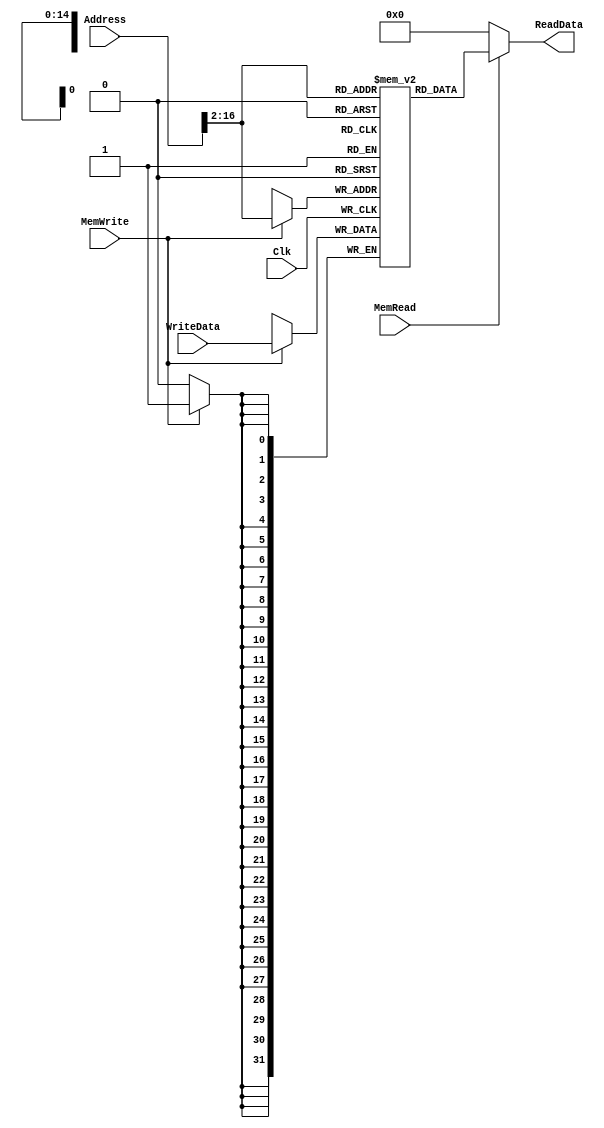
`timescale 1ns / 1ps

////////////////////////////////////////////////////////////////////////////////
// ECE369 - Computer Architecture
// 
// Module - data_memory.v
// Description - 32-Bit wide data memory.
//
// INPUTS:-
// Address: 32-Bit address input port.
// WriteData: 32-Bit input port.
// Clk: 1-Bit Input clock signal.
// MemWrite: 1-Bit control signal for memory write.
// MemRead: 1-Bit control signal for memory read.
//
// OUTPUTS:-
// ReadData: 32-Bit registered output port.
//
// FUNCTIONALITY:-
// Design the above memory similar to the 'RegisterFile' model in the previous 
// assignment.  Create a 1K memory, for which we need 10 bits.  In order to 
// implement byte addressing, we will use bits Address[11:2] to index the 
// memory location. The 'WriteData' value is written into the address 
// corresponding to Address[11:2] in the positive clock edge if 'MemWrite' 
// signal is 1. 'ReadData' is the value of memory location Address[11:2] if 
// 'MemRead' is 1, otherwise, it is 0x00000000. The reading of memory is not 
// clocked.
//
// you need to declare a 2d array. in this case we need an array of 1024 (1K)  
// 32-bit elements for the memory.   
// for example,  to declare an array of 256 32-bit elements, declaration is: reg[31:0] memory[0:255]
// if i continue with the same declaration, we need 8 bits to index to one of 256 elements. 
// however , address port for the data memory is 32 bits. from those 32 bits, least significant 2 
// bits help us index to one of the 4 bytes within a single word. therefore we only need bits [9-2] 
// of the "Address" input to index any of the 256 words. 
////////////////////////////////////////////////////////////////////////////////

module DataMemory(Address, WriteData, Clk, MemWrite, MemRead, ReadData); 

    input [31:0] Address; 	// Input Address 
    input [31:0] WriteData; // Data that needs to be written into the address 
    input Clk;
    input MemWrite; 		// Control signal for memory write 
    input MemRead; 			// Control signal for memory read 

    output reg[31:0] ReadData; // Contents of memory location at Address
    reg[31:0] memory[0:20479];  // bits [11:2] are "address" [1:0] are index to specific word

    initial begin
    // Labs 16-24 testcase
        memory[0] = 32'h4;
        memory[1] = 32'h4;
        memory[2] = 32'h2;
        memory[3] = 32'h2;
        memory[4] = 32'h0;
        memory[5] = 32'h0;
        memory[6] = 32'h1;
        memory[7] = 32'h2;
        memory[8] = 32'h0;
        memory[9] = 32'h0;
        memory[10] = 32'h3;
        memory[11] = 32'h4;
        memory[12] = 32'h0;
        memory[13] = 32'h0;
        memory[14] = 32'h0;
        memory[15] = 32'h0;
        memory[16] = 32'h0;
        memory[17] = 32'h0;
        memory[18] = 32'h0;
        memory[19] = 32'h0;
        memory[20] = 32'h1;
        memory[21] = 32'h2;
        memory[22] = 32'h3;
        memory[23] = 32'h4;
        memory[24] = 32'h0;
    end
    
    always@(posedge Clk) begin

        if(MemWrite == 1'b1)begin
           memory[Address[17:2]] <= WriteData;
        end
        
    end
    
    always @(*) begin
        //ReadData = 0;
        if(MemRead == 1'b1)begin
            ReadData = memory[Address[17:2]];
        end
        else begin
            ReadData = 0;
        end
    end

endmodule